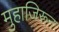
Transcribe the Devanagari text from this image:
मुहाजिरून